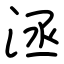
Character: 洆